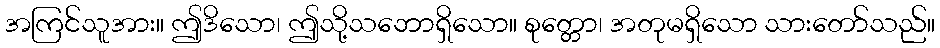
အကြင်သူအား။ ဤဒိသော၊ ဤသို့သဘောရှိသော။ စုတ္တော၊ အတုမရှိသော သားတော်သည်။